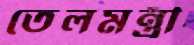
তেলমন্ত্রী